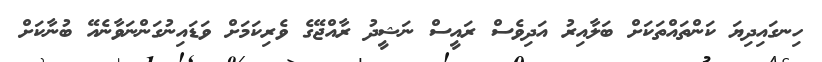
ހިނގައިދިޔަ ކަންތައްތަކަށް ބަލާއިރު އަދިވެސް ރައީސް ނަޝީދު ރާއްޖޭގެ ވެރިކަމަށް ވަޑައިނުގަންނަވާނެއޭ ބުނާކަށް